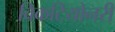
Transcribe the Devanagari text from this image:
विकटियोनरी